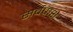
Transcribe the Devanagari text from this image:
सर्वपाशै